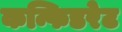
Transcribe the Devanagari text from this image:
कन्फिडरेट